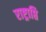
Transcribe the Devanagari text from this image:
राष्ट्राप्ति